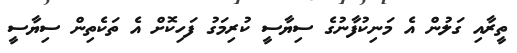
ތީރާއި ގަލުން އެ މަނިކުފާނުގެ ސިޔާސީ ކުރިމަގު ފަހިކޮށް އެ ތަކެތިން ސިޔާސީ